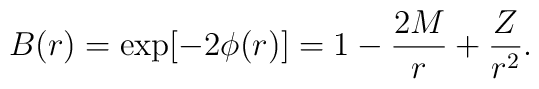
B(r) = \exp[-2\phi(r)] = 1 -{2M\over r} + {Z\over r^2}.